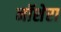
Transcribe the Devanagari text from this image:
नॉशेरा